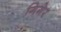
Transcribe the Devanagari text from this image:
गिगेर